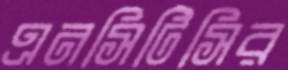
এনসিটিসির